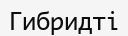
Гибридті